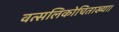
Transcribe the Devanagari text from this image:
वत्सलिकोचिताख्या।